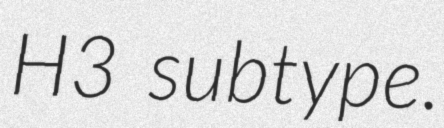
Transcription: H3 subtype.